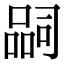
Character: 𭊉